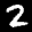
Label: 2